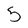
Character: 5